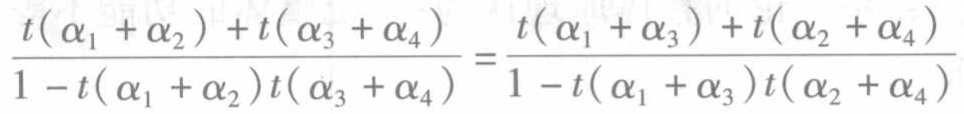
\(\frac{t\left(\alpha_{1}+\alpha_{2}\right)+t\left(\alpha_{3}+\alpha_{4}\right)}{1 - t\left(\alpha_{1}+\alpha_{2}\right)t\left(\alpha_{3}+\alpha_{4}\right)}=\frac{t\left(\alpha_{1}+\alpha_{3}\right)+t\left(\alpha_{2}+\alpha_{4}\right)}{1 - t\left(\alpha_{1}+\alpha_{3}\right)t\left(\alpha_{2}+\alpha_{4}\right)}\)